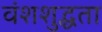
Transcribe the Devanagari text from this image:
वंशशुद्धता